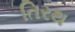
તિરથ